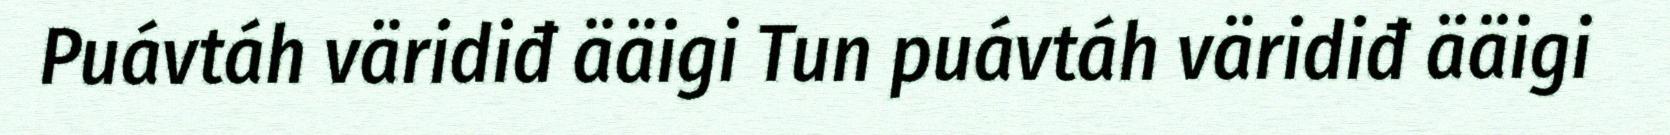
Puávtáh väridiđ ääigi Tun puávtáh väridiđ ääigi